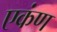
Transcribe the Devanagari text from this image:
एकंण